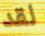
لقد